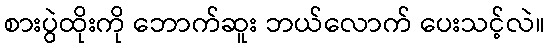
စားပွဲထိုးကို ဘောက်ဆူး ဘယ်လောက် ပေးသင့်လဲ။